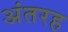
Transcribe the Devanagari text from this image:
अंतरह